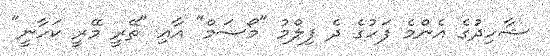
ޝާހިދުގެ އެންމެ ފަހުގެ ދެ ފިލްމު "މޯސަމް" އާއި "ތޭރީ މޭރީ ކަހާނީ"